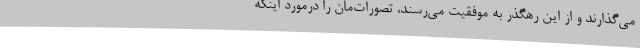
می‌گذارند و از این رهگذر به موفقیت می‌رسند، تصورات‌مان را درمورد اینکه